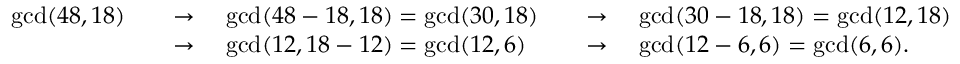
{ \begin{array} { r l r l } { \operatorname* { g c d } ( 4 8 , 1 8 ) \quad } & { \to \quad \operatorname* { g c d } ( 4 8 - 1 8 , 1 8 ) = \operatorname* { g c d } ( 3 0 , 1 8 ) } & & { \to \quad \operatorname* { g c d } ( 3 0 - 1 8 , 1 8 ) = \operatorname* { g c d } ( 1 2 , 1 8 ) } \\ & { \to \quad \operatorname* { g c d } ( 1 2 , 1 8 - 1 2 ) = \operatorname* { g c d } ( 1 2 , 6 ) } & & { \to \quad \operatorname* { g c d } ( 1 2 - 6 , 6 ) = \operatorname* { g c d } ( 6 , 6 ) . } \end{array} }